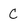
Character: C